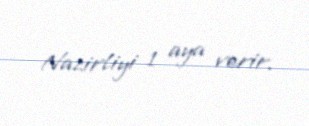
Nazirliyi 1 aya verir.